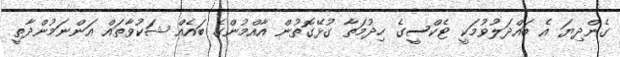
ގެންދިޔަ އެ ބައްދަލުވުމަކީ ޓެކްސީގެ ހިދުމަތާ ގުޅޭގޮތުން އާއްމުންގެ ބައެއް ޝަކުވާތައް އަންނަމުންދާތީ